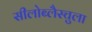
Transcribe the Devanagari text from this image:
सीलोब्लैस्चुला